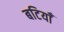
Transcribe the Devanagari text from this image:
बटियाँ